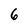
Character: 6